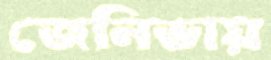
জেনিভায়